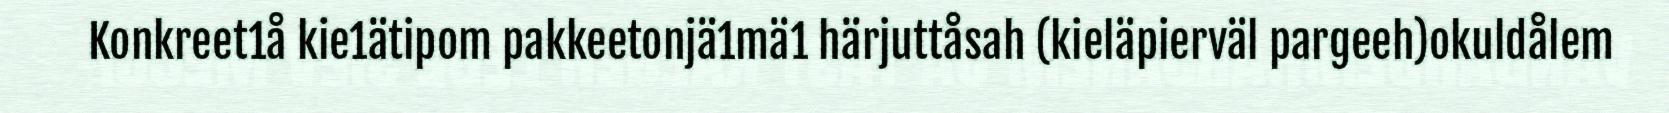
Konkreet1å kie1ätipom pakkeetonjä1mä1 härjuttåsah (kieläpierväl pargeeh)okuldålem